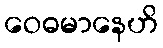
ဝေဓမာနေဟိ